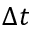
\Delta t